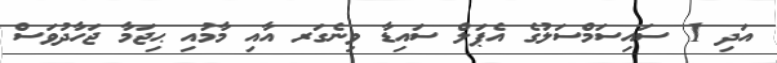
އަދި 1 ސައިސަމްސަލުގެ އެޕަލް ސައިޑާ ވިނެގަރ އާއި މާމުއި ޙިޖަމާ ޖަހާދުވަސް